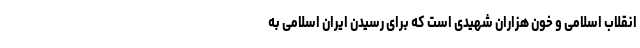
انقلاب اسلامی و خون هزاران شهیدی است که برای رسیدن ایران اسلامی به